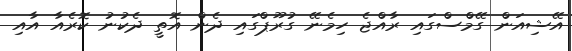
އޭޝިއަން ގޭމްސްގައި ރާއްޖެ ހިމެނޭ ގުރޫޕްގައި ދެން އޮތީ ދެކުނު ކޮރެއާ އާއި